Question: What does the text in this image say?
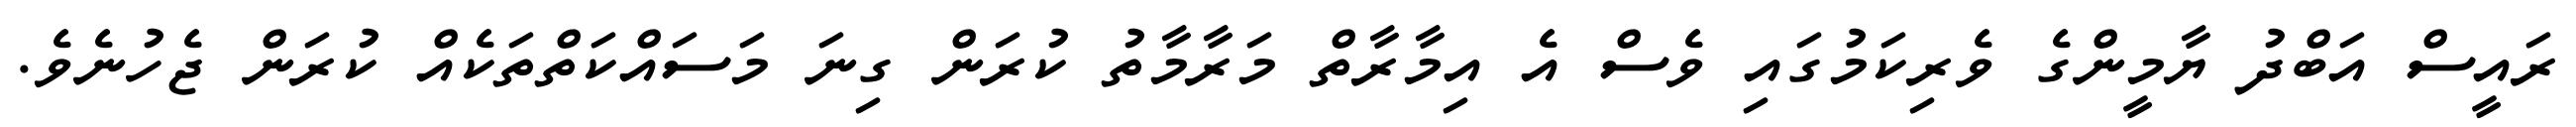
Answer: ރައީސް އަބްދު ޔާމީންގެ ވެރިކަމުގައި ވެސް އެ އިމާރާތް މަރާމާތު ކުރަން ގިނަ މަސައްކަތްތަކެއް ކުރަން ޖެހުނެވެ.